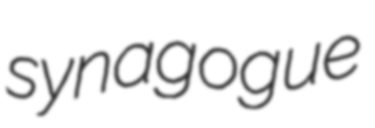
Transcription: synagogue